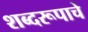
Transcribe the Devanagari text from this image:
शब्दरूपाचे